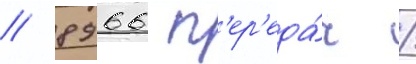
/ 8966 п'ер'еда́ч /